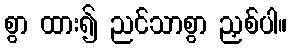
စွာ ထား၍ ညင်သာစွာ ညှစ်ပါ။